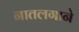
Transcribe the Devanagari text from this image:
नातलगाने